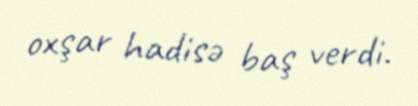
oxşar hadisə baş verdi.